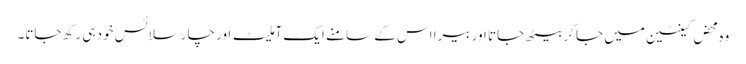
وہ محض کینٹین میں جا کر بیٹھ جاتا اور بیرا اس کے سامنے ایک آملیٹ اور چار سلائس خود ہی رکھ جاتا۔